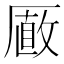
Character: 𠪫